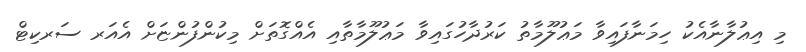
މި އިޢުލާނާއެކު ހިމަނާފައިވާ މަޢުލޫމާތު ކަރުދާހުގައިވާ މަޢުލޫމާތާއި އެއްގޮތަށް މިކުންފުންޏަށް އެއަރ ސަރކިޓް